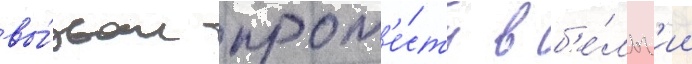
вы́звал прот'е́сты в б'е́льг'ии